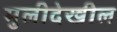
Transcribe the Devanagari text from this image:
मुलीदेखील